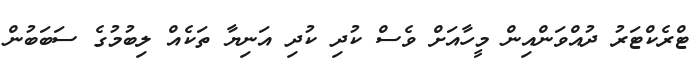
ޓްރެކްޓަރު ދުއްވަންއިން މީހާއަށް ވެސް ކުދި ކުދި އަނިޔާ ތަކެއް ލިބުމުގެ ސަބަބުން